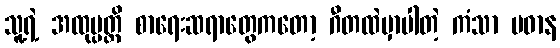
သူ့ရဲ့ အထုပ္ပတ္တိ စာရေးဆရာတွေကတော့ ဂီတထဲမှာပါတဲ့ ကံသာ ပဓာန